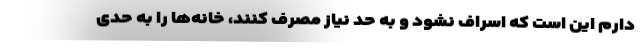
دارم این است که اسراف نشود و به حد نیاز مصرف کنند، خانه‌ها را به حدی